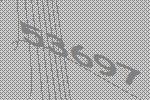
53697